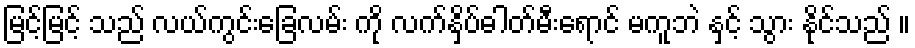
မြင့်မြင့် သည် လယ်ကွင်းခြေလမ်း ကို လက်နှိပ်ဓါတ်မီးရောင် မကူဘဲ နှင့် သွား နိုင်သည် ။